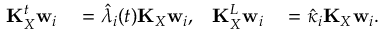
\begin{array} { r l r l } { \mathbf { K } _ { X } ^ { t } \mathbf { w } _ { i } } & { { } = \hat { \lambda } _ { i } ( t ) \mathbf { K } _ { X } \mathbf { w } _ { i } , } & { \mathbf { K } _ { X } ^ { L } \mathbf { w } _ { i } } & { { } = \hat { \kappa } _ { i } \mathbf { K } _ { X } \mathbf { w } _ { i } . } \end{array}